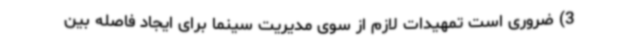
3) ضروری است تمهیدات لازم از سوی مدیریت سینما برای ایجاد فاصله بین